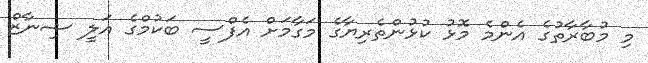
މި މުބާރާތުގެ އެންމެ މޮޅު ކުޅުންތެރިޔާގެ މަގާމަށް އެފްސީ ބަކުމްގެ އަލީ ޝިނާޒް